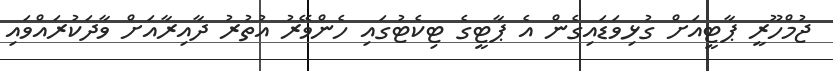
ޖުމްހޫރީ ޕާޓީއަށް ގުޅިވަޑައިގެން އެ ޕާޓީގެ ޓިކެޓުގައި ހެންވޭރު އުތުރު ދާއިރާއަށް ވާދަކުރައްވައި